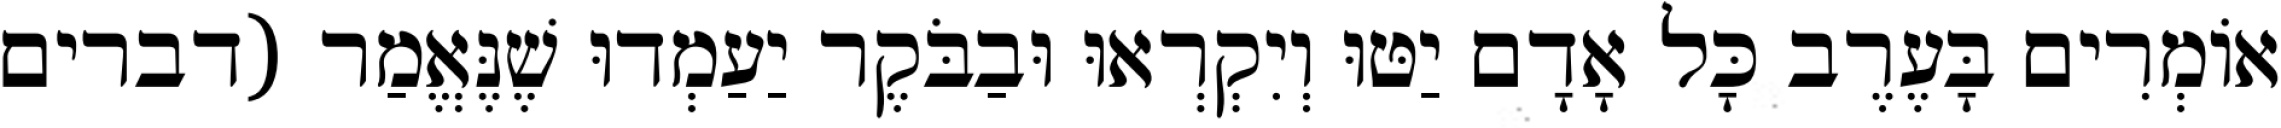
אוֹמְרִים בָּעֶרֶב כָּל אָדָם יַטּוּ וְיִקְרְאוּ וּבַבֹּקֶר יַעַמְדוּ שֶׁנֶּאֱמַר (דברים